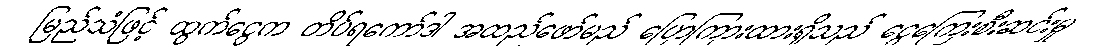
မြည်သံဖြင့် ထွက်ငွေက တိပ်ရကော်ဒါ အထည်ဖော်မည် ပြောကြားထားရှိသည် ငွေကြေးစီးဆင်းမှု